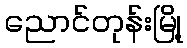
ညောင်တုန်းမြို့